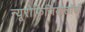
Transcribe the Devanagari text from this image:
न्यूरोफिजियोलॉजी